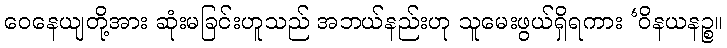
ဝေနေယျတို့အား ဆုံးမခြင်းဟူသည် အဘယ်နည်းဟု သူမေးဖွယ်ရှိရကား ‘ဝိနယနဉ္စ။